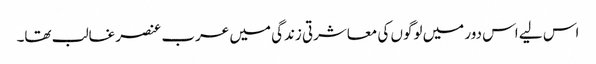
اس لیے اس دور میں لوگوں کی معاشرتی زندگی میں عرب عنصر غالب تھا۔